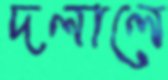
দলালে